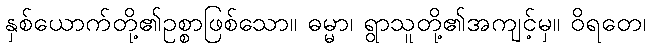
နှစ်ယောက်တို့၏ဥစ္စာဖြစ်သော။ ဓမ္မာ၊ ရွာသူတို့၏အကျင့်မှ။ ဝိရတေ၊